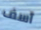
آسف